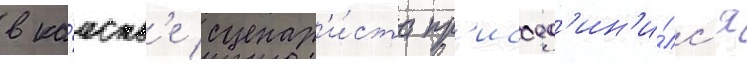
в ка́честв'е сценар'и́ста пр'исоед'ин'и́лс'я